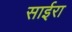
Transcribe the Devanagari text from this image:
साईरा